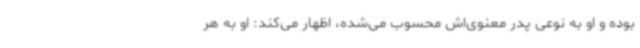
بوده و او به نوعی پدر معنوی‌اش محسوب می‌شده، اظهار می‌کند: او به هر